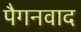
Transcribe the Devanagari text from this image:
पैगनवाद